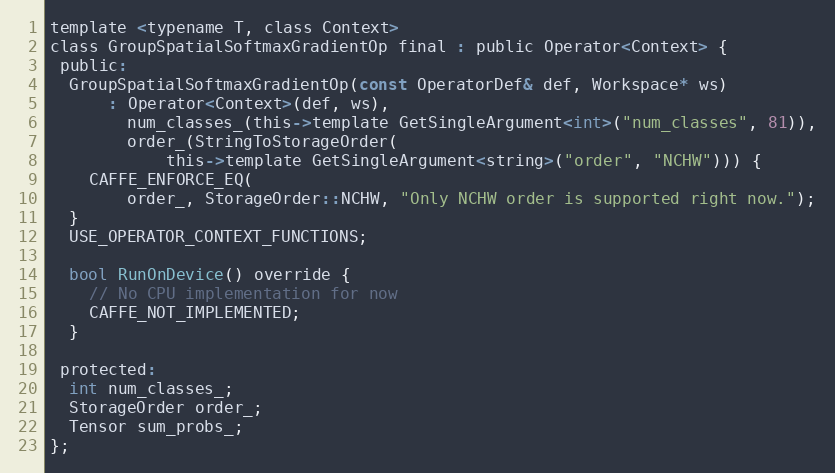
Language: C
template <typename T, class Context>
class GroupSpatialSoftmaxGradientOp final : public Operator<Context> {
 public:
  GroupSpatialSoftmaxGradientOp(const OperatorDef& def, Workspace* ws)
      : Operator<Context>(def, ws),
        num_classes_(this->template GetSingleArgument<int>("num_classes", 81)),
        order_(StringToStorageOrder(
            this->template GetSingleArgument<string>("order", "NCHW"))) {
    CAFFE_ENFORCE_EQ(
        order_, StorageOrder::NCHW, "Only NCHW order is supported right now.");
  }
  USE_OPERATOR_CONTEXT_FUNCTIONS;

  bool RunOnDevice() override {
    // No CPU implementation for now
    CAFFE_NOT_IMPLEMENTED;
  }

 protected:
  int num_classes_;
  StorageOrder order_;
  Tensor sum_probs_;
};